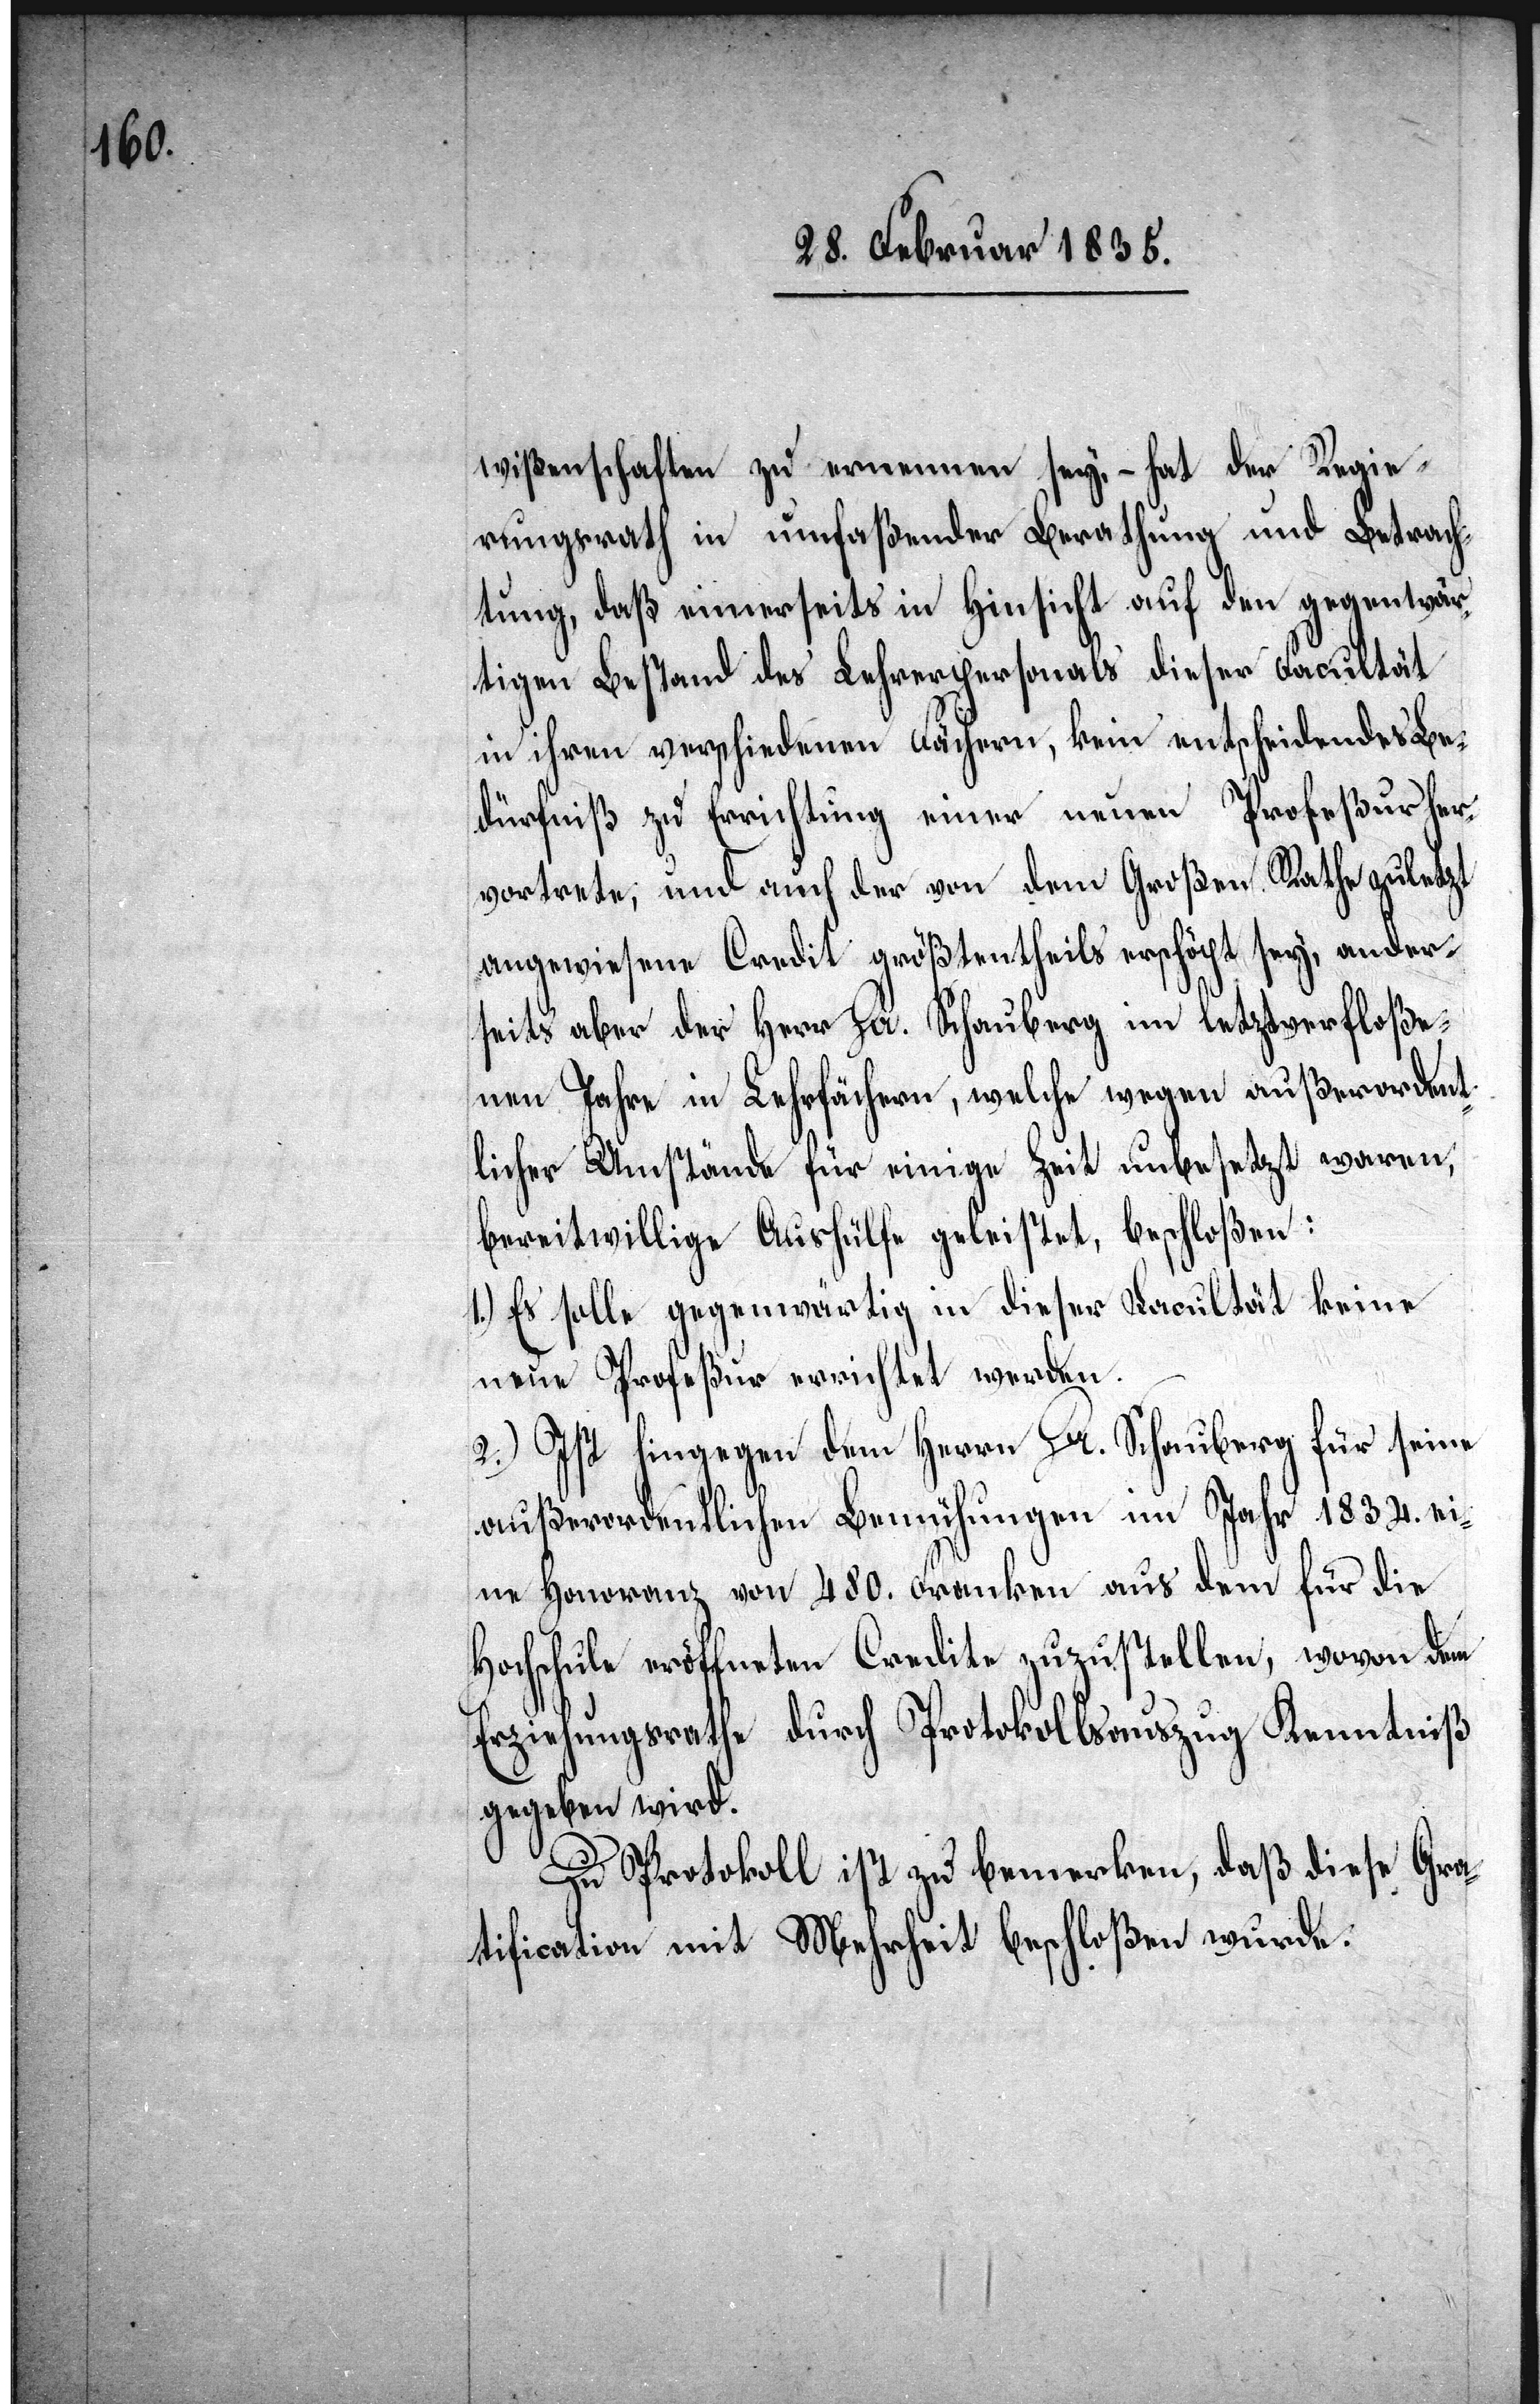
wißenschaften zu ernennen sey, – hat der Regie¬
rungsrath in umfaßender Berathung und Begutach¬
tung, daß einerseits in Hinsicht auf den gegenwär¬
tigen Bestand des Lehrerpersonals dieser Facultät
in ihren verschiedenen Fächern, kein entscheidendes Be¬
dürfniß zu Errichtung einer neuen Profeßur her¬
vortrete, und auch der dem Großen Rathe zuletzt
angewiesene Credit größtentheils erschöpft sey, ander¬
seits aber der Herr Dr. Schauberg im letztverfloße¬
nen Jahre in Lehrfächern, welche wegen außerordent¬
licher Umstände für einige Zeit unbesetzt waren,
bereitwillige Aushülfe geleistet, beschloßen:
1.) Es solle gegenwärtig in dieser Facultät keine
neue Profeßur errichtet werden.
2.) Ist hingegen dem Herrn Dr. Schauberg für seine
außerordentlichen Bemühungen im Jahr 1834. ei¬
ne Honoranz von 480. Franken aus dem für die
Hochschule eröffneten Credite zuzustellen, wovon dem
Erziehungsrathe durch Protokollsauszug Kenntniß
gegeben wird.
Zu Protokoll ist zu bemerken, daß diese Gra¬
tification mit Mehrheit beschloßen wurde.